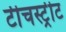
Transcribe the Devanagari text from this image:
टीचस्ट्रीट